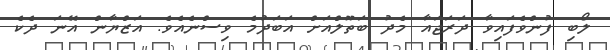
ލޯބި ފުންވެފައިވާ ދަރަޖައާ މެދު ބަތޫލްއަށް އަބަދުމެ ވިސްނެއެވެ. އަޒްޔާން އޭނަ ދެކެ